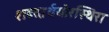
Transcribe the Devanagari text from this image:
शब्दार्थयोरस्थिरा